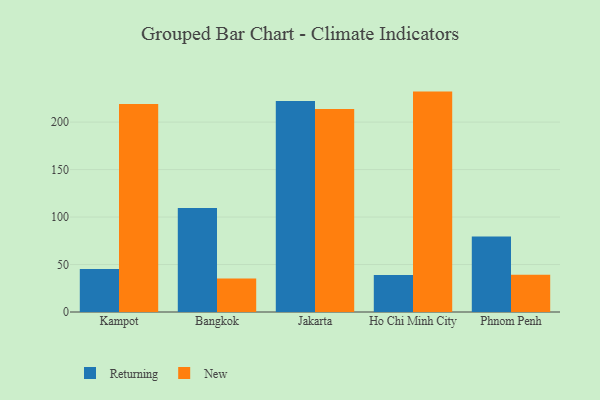
{"axis": {"x": "City", "y": "Page Views"}, "legend": ["New", "Returning"], "data": [{"x": "Kampot", "y": 45.3, "type": "Returning"}, {"x": "Kampot", "y": 219.1, "type": "New"}, {"x": "Bangkok", "y": 109.4, "type": "Returning"}, {"x": "Bangkok", "y": 35.4, "type": "New"}, {"x": "Jakarta", "y": 222.1, "type": "Returning"}, {"x": "Jakarta", "y": 213.8, "type": "New"}, {"x": "Ho Chi Minh City", "y": 39.0, "type": "Returning"}, {"x": "Ho Chi Minh City", "y": 232.1, "type": "New"}, {"x": "Phnom Penh", "y": 79.5, "type": "Returning"}, {"x": "Phnom Penh", "y": 39.3, "type": "New"}]}